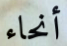
أنحاء